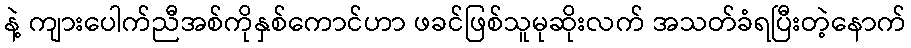
နဲ့ ကျားပေါက်ညီအစ်ကိုနှစ်ကောင်ဟာ ဖခင်ဖြစ်သူမုဆိုးလက် အသတ်ခံရပြီးတဲ့နောက်